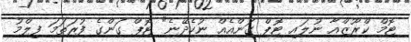
ޓޮމް ކްރޫޒްއާ ނުލައި ޓޮޕް ގަންއެއް ނުހެދޭނެ" ޓޮޕް ގަންގެ ފުރަތަމަ ފިލްމު